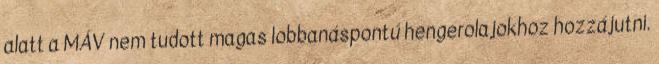
alatt a MÁV nem tudott magas lobbanáspontú hengerolajokhoz hozzájutni.